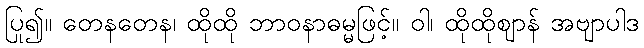
ပြု၍။ တေနတေန၊ ထိုထို ဘာဝနာဓမ္မဖြင့်။ ဝါ၊ ထိုထိုဈာန် အဗျာပါဒ